Indian journal of veterinary science and animal husbandry - Volume 5,
Year: 1935
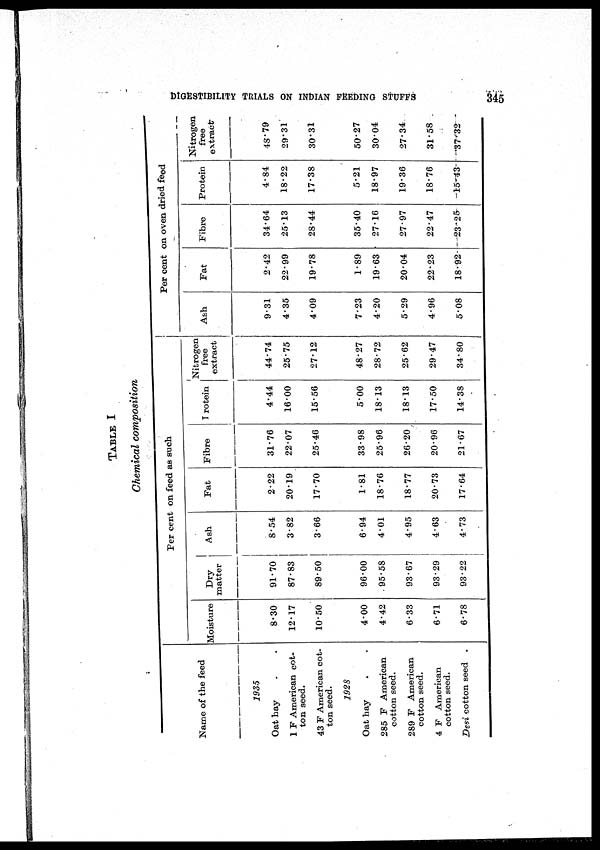
DIGESTIBILITY TRIALS ON INDIAN FEEDING STUFFS
345
TABLE I
Chemical composition
Name of the feed
1935
Oat hay . .
1 F American cot-
ton seed.
43 F American cot-
ton seed.
1928
Oat hay . .
285 F American
cotton seed.
289 F American
cotton seed.
4 F American
cotton seed.
Desi cotton seed
Per cent on feed as such
Moisture
8.30
12.17
10.50
4.00
4.42
6.33
6.71
6.78
Dry
matter
91.70
87.83
89.50
96.00
95.58
93.67
93.29
93.22
Ash
8.54
3.82
3.66
6.94
4.01
4.95
4.63
4.73
Fat
2.22
20.19
17.70
1.81
18.76
18.77
20.73
17.64
Fibre
31.76
22.07
25.46
33.98
25.96
26.20
20.96
21.67
Protein
4.44
16.00
15.56
5.00
18.13
18.13
17.50
14.38
Nitrogen
free
extract
44.74
25.75
27.12
48.27
28.72
25.62
29.47
34.80
Per cent on oven dried feed
Ash
9.31
4.35
4.09
7.23
4.20
5.29
4.96
5.08
Fat
2.42
22.99
19.78
1.89
19.63
20.04
22.23
18.92
Fibre
34.64
25.13
28.44
35.40
27.16
27.97
22.47
23.25
Protein
4.84
18.22
17.38
5.21
18.97
19.36
18.76
15.43
Nitrogen
free
extract
48.79
29.31
30.31
50.27
30.04
27.34
31.58
37.32